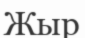
Жыр